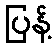
ပြန့်